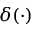
\delta ( \cdot )